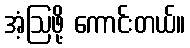
အံ့ဩဖို့ ကောင်းတယ်။